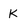
Character: K